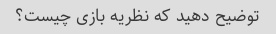
توضیح دهید که نظریه بازی چیست؟